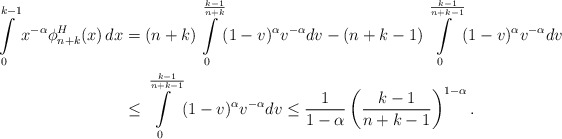
\begin{align*}\int\limits_0^{k-1}x^{-\alpha}\phi_{n+k}^H(x)\,dx&=(n+k)\int\limits_0^{\frac{k-1}{n+k}}(1-v)^{\alpha} v^{-\alpha}dv-(n+k-1)\int\limits_0^{\frac{k-1}{n+k-1}}(1-v)^{\alpha} v^{-\alpha}dv\\ &\leq \int\limits_0^{\frac{k-1}{n+k-1}}(1-v)^{\alpha} v^{-\alpha}dv \leq \frac{1}{1-\alpha}\left(\frac{k-1}{n+k-1}\right)^{1-\alpha}.\end{align*}